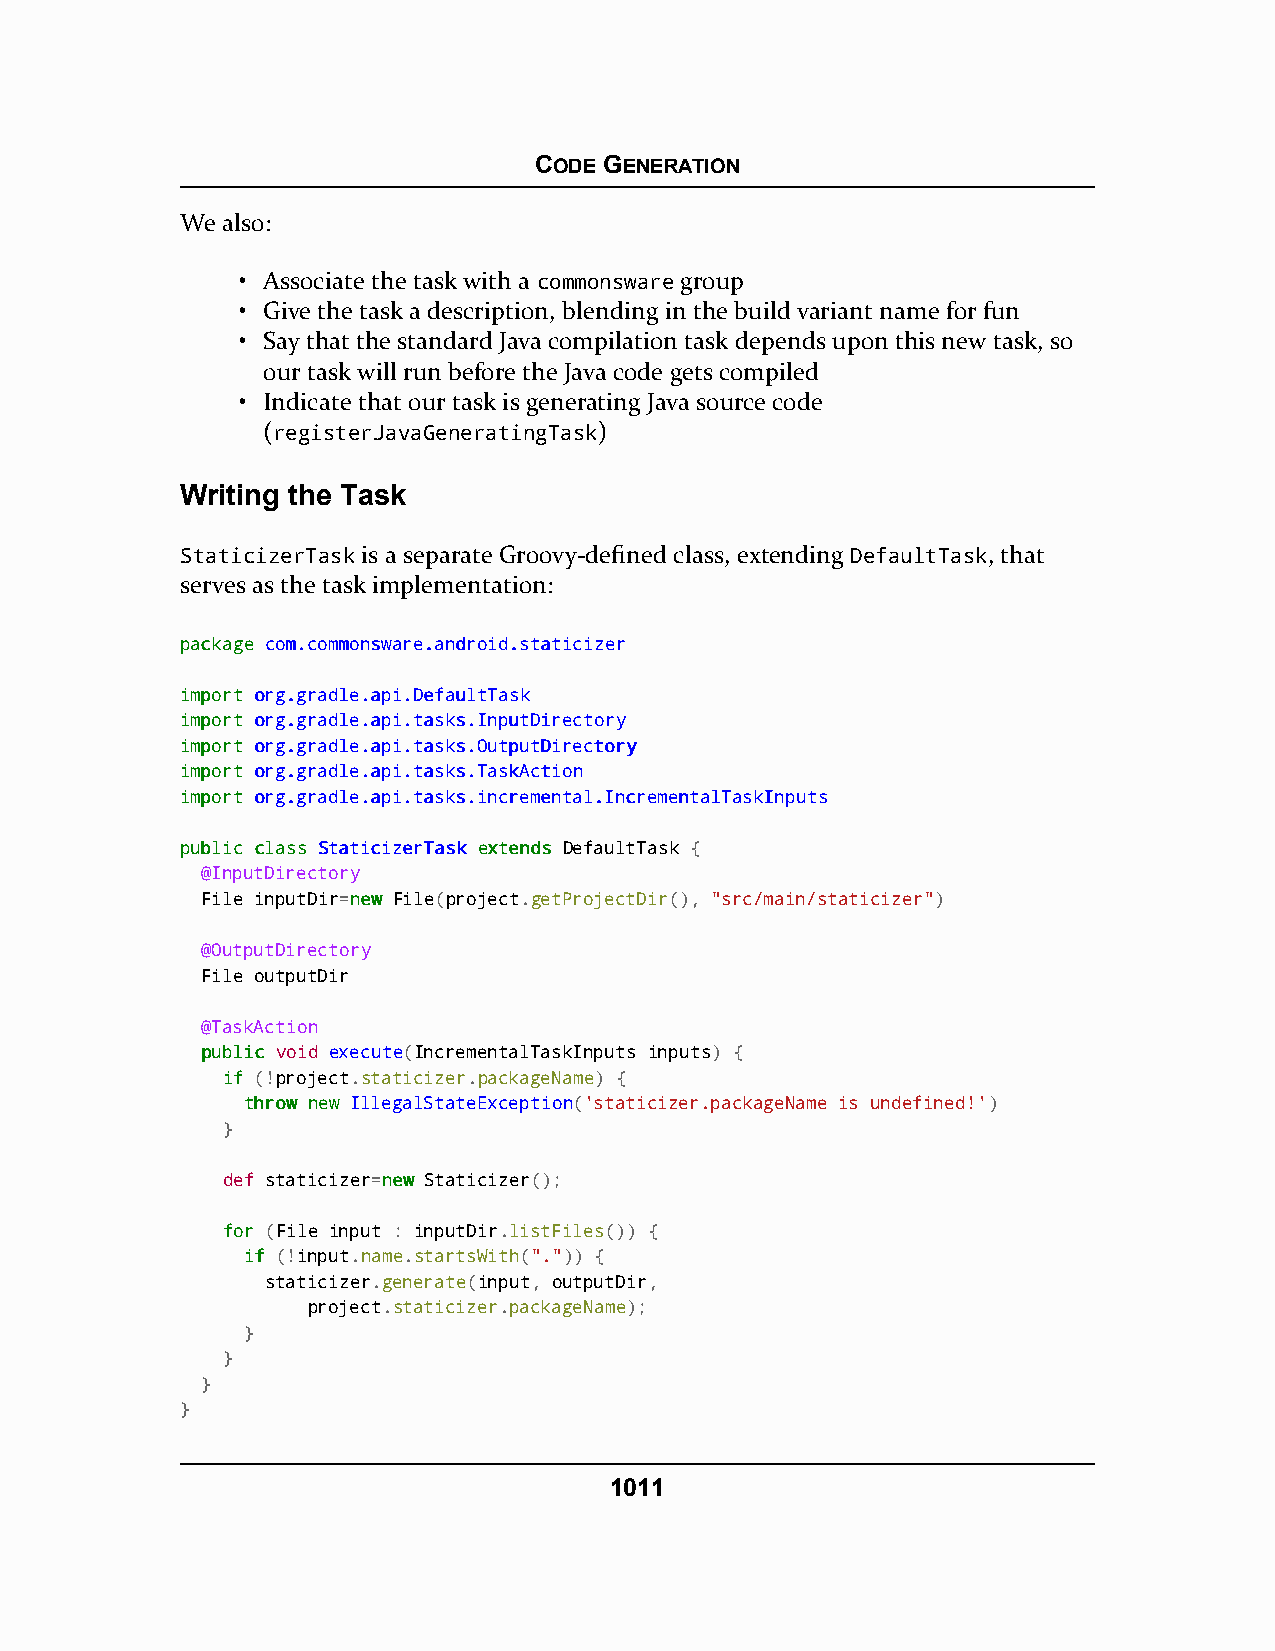
CODE GENERATION
 We also:
 • Associate the task with a commonsware group
 • Give the task a description, blending in the build variant name for fun
 • Say that the standard Java compilation task depends upon this new task, so
 our task will run before the Java code gets compiled
 • Indicate that our task is generating Java source code
 (registerJavaGeneratingTask)
 Writing the Task
 StaticizerTask is a separate Groovy-defined class, extending DefaultTask, that
 serves as the task implementation:
 ppaacckkaaggee ccoomm..ccoommmmoonnsswwaarree..aannddrrooiidd..ssttaattiicciizzeerr
 iimmppoorrtt oorrgg..ggrraaddllee..aappii..DDeeffaauullttTTaasskk
 iimmppoorrtt oorrgg..ggrraaddllee..aappii..ttaasskkss..IInnppuuttDDiirreeccttoorryy
 iimmppoorrtt oorrgg..ggrraaddllee..aappii..ttaasskkss..OOuuttppuuttDDiirreeccttoorryy
 iimmppoorrtt oorrgg..ggrraaddllee..aappii..ttaasskkss..TTaasskkAAccttiioonn
 iimmppoorrtt oorrgg..ggrraaddllee..aappii..ttaasskkss..iinnccrreemmeennttaall..IInnccrreemmeennttaallTTaasskkIInnppuuttss
 ppuubblliicc ccllaassss SSttaattiicciizzeerrTTaasskk eexxtteennddss DefaultTask {
 @InputDirectory
 File inputDir=nneeww File(project.getProjectDir(), "src/main/staticizer")
 @OutputDirectory
 File outputDir
 @TaskAction
 ppuubblliicc void execute(IncrementalTaskInputs inputs) {
 iiff (!project.staticizer.packageName) {
 tthhrrooww nneeww IllegalStateException('staticizer.packageName is undefined!')
 }
 def staticizer=nneeww Staticizer();
 ffoorr (File input : inputDir.listFiles()) {
 iiff (!input.name.startsWith(".")) {
 staticizer.generate(input, outputDir,
 project.staticizer.packageName);
 }
 }
 }
 }
 1011